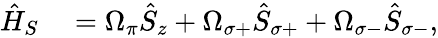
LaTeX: \begin{array}{rl}{\hat{H}_{S}}&{{}=\Omega_{\pi}\hat{S}_{z}+\Omega_{\sigma+}\hat{S}_{\sigma+}+\Omega_{\sigma-}\hat{S}_{\sigma-},}\end{array}